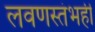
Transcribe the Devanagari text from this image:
लवणस्तंभही